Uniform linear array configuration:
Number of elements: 64
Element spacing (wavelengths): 1
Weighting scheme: exponential
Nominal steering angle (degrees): -60
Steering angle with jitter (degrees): -59.7
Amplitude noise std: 0.05
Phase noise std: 0.05

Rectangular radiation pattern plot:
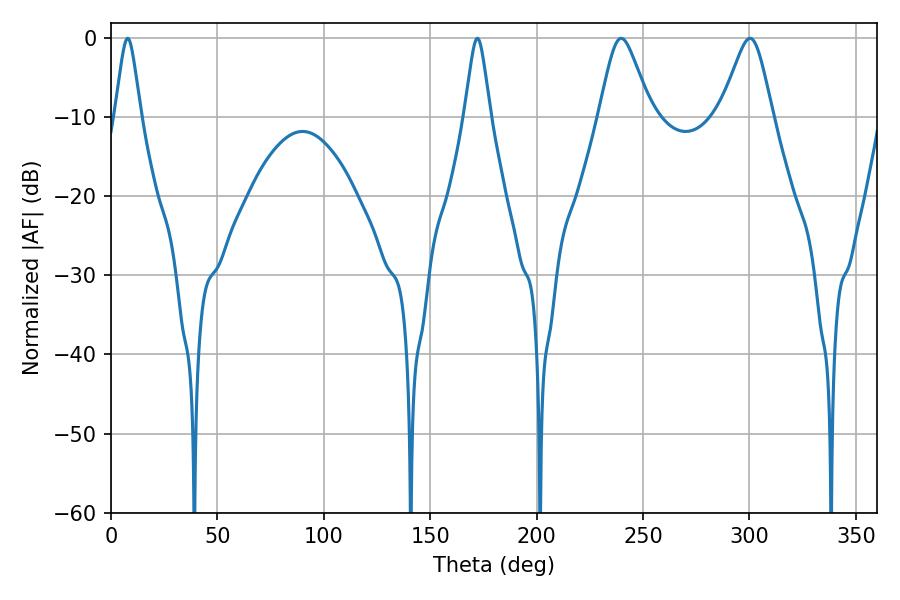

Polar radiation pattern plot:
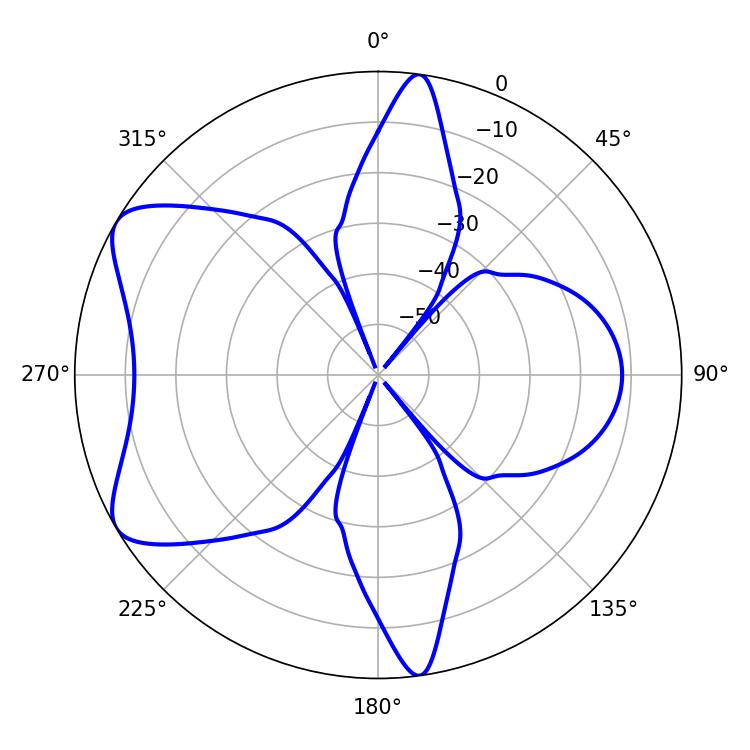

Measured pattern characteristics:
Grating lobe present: TRUE
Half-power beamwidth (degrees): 11.7
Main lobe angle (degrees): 239.76